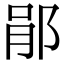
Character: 𨛡